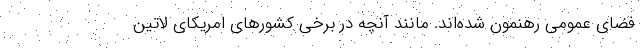
فضای عمومی رهنمون شده‌اند. مانند آنچه در برخی کشورهای امریکای لاتین